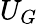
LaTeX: U_{G}